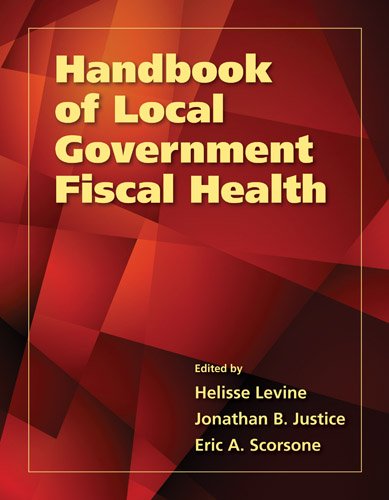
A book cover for Handbook Of Local Government Fiscal Health; Helisse Levine; Business & Money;